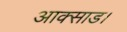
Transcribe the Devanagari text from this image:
आक्साड।